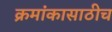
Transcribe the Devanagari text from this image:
क्रमांकासाठीच